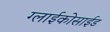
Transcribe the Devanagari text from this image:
ग्लाईकोसाईड